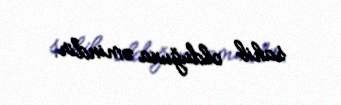
sahib olduğuna əmindir.